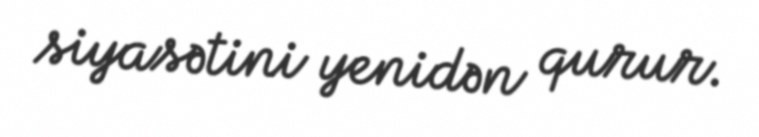
siyasətini yenidən qurur.